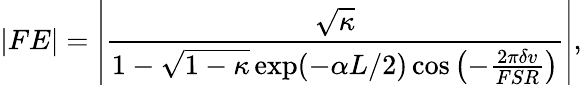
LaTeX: \left|FE\right|=\left|\frac{\sqrt{\kappa}}{1-\sqrt{1-\kappa}\exp(-\alpha L/2)\cos\left(-\frac{2\pi\delta v}{FSR}\right)}\right|,